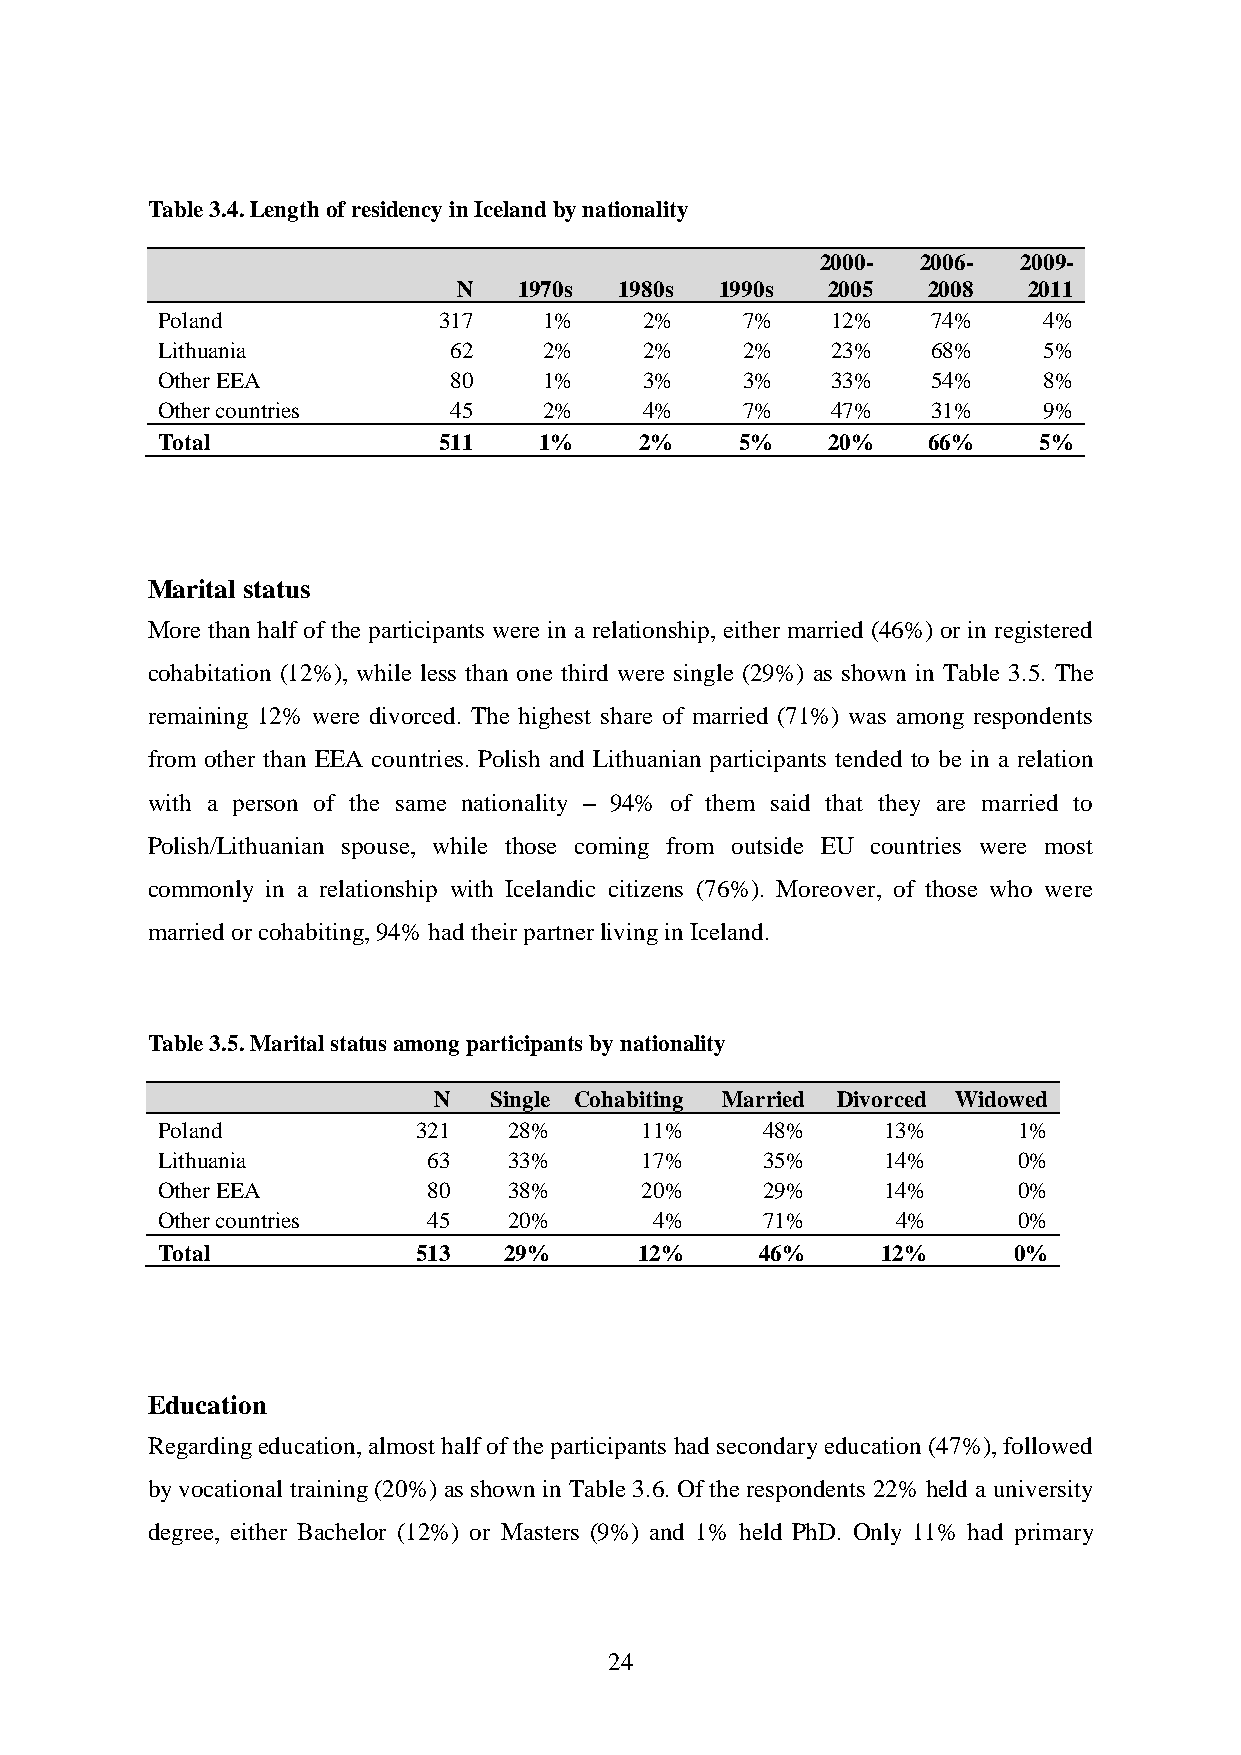
Table 3.4. Length of residency in Iceland by nationality
 2000-  2006- 2009-
 N   1970s  1980s  1990s  2005  2008   2011
 Poland             317    1%     2%    7%    12%    74%    4%
 Lithuania           62    2%     2%    2%    23%    68%    5%
 Other EEA           80    1%     3%    3%    33%    54%    8%
 Other countries     45    2%     4%    7%    47%    31%    9%
 Total              511    1%    2%     5%    20%   66%     5%
 Marital status
 More than half of the participants were in a relationship, either married (46%) or in registered
 cohabitation (12%), while less than one third were single (29%) as shown in Table 3.5. The
 remaining 12% were divorced. The highest share of married (71%) was among respondents
 from other than EEA countries. Polish and Lithuanian participants tended to be in a relation
 with a person of the same nationality – 94% of them said that they are married to
 Polish/Lithuanian spouse, while those coming from outside EU countries were most
 commonly in a relationship with Icelandic citizens (76%). Moreover, of those who were
 married or cohabiting, 94% had their partner living in Iceland.
 Table 3.5. Marital status among participants by nationality
 N  Single Cohabiting Married Divorced Widowed
 Poland           321    28%     11%     48%      13%     1%
 Lithuania         63    33%     17%     35%      14%     0%
 Other EEA         80    38%     20%     29%      14%     0%
 Other countries   45    20%      4%     71%      4%      0%
 Total            513   29%      12%     46%     12%      0%
 Education
 Regarding education, almost half of the participants had secondary education (47%), followed
 by vocational training (20%) as shown in Table 3.6. Of the respondents 22% held a university
 degree, either Bachelor (12%) or Masters (9%) and 1% held PhD. Only 11% had primary
 24